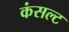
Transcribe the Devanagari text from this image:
कंसल्ट